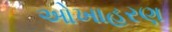
ઓખાહરણ